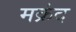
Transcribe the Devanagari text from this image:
मक्रंद